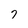
Character: 7